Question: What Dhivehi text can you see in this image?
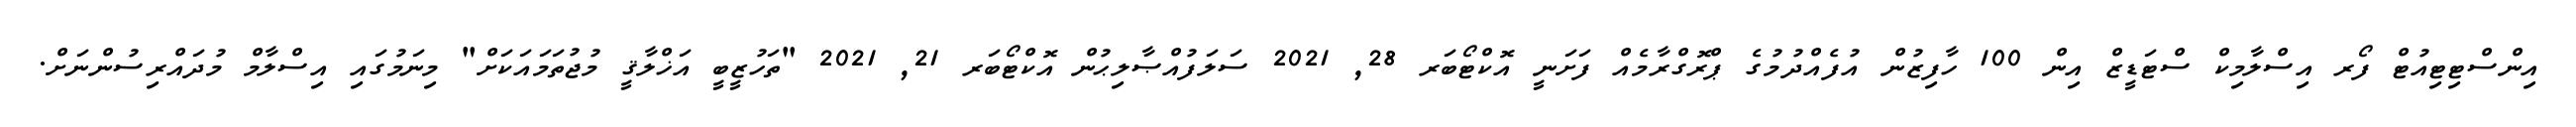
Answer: އިންސްޓިޓިއުޓް ފޯރ އިސްލާމިކް ސްޓަޑީޒް އިން 100 ހާފިޒުން އުފެއްދުމުގެ ޕްރޮގްރާމެއް ފަށަނީ އޮކްޓޯބަރ 28, 2021 ސަލަފުއްޞާލިޙުން އޮކްޓޯބަރ 21, 2021 "ތަހުޒީބީ އަޚްލާޤީ މުޖުތަމައަކަށް" މިނަމުގައި އިސްލާމް މުދައްރިސުންނަށް.